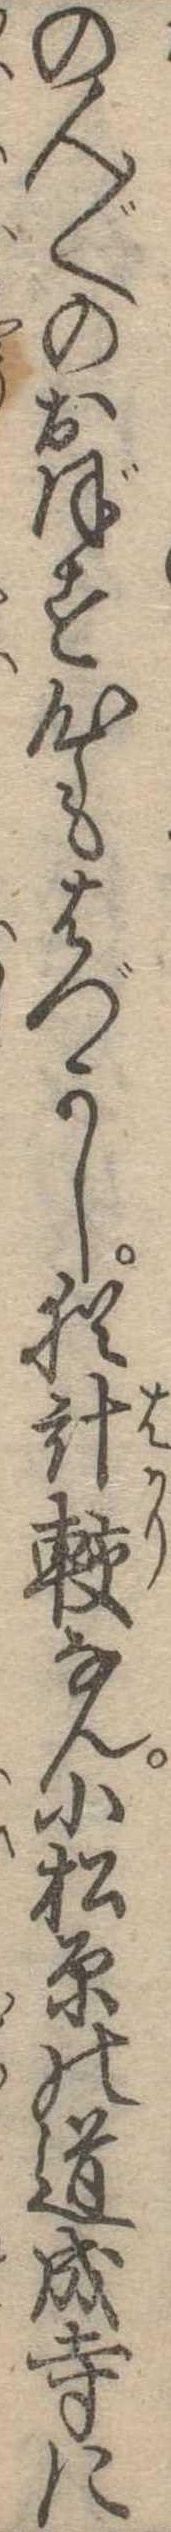
の人〱のおぼす心もはづかし猶計較なん小松原の道成寺に